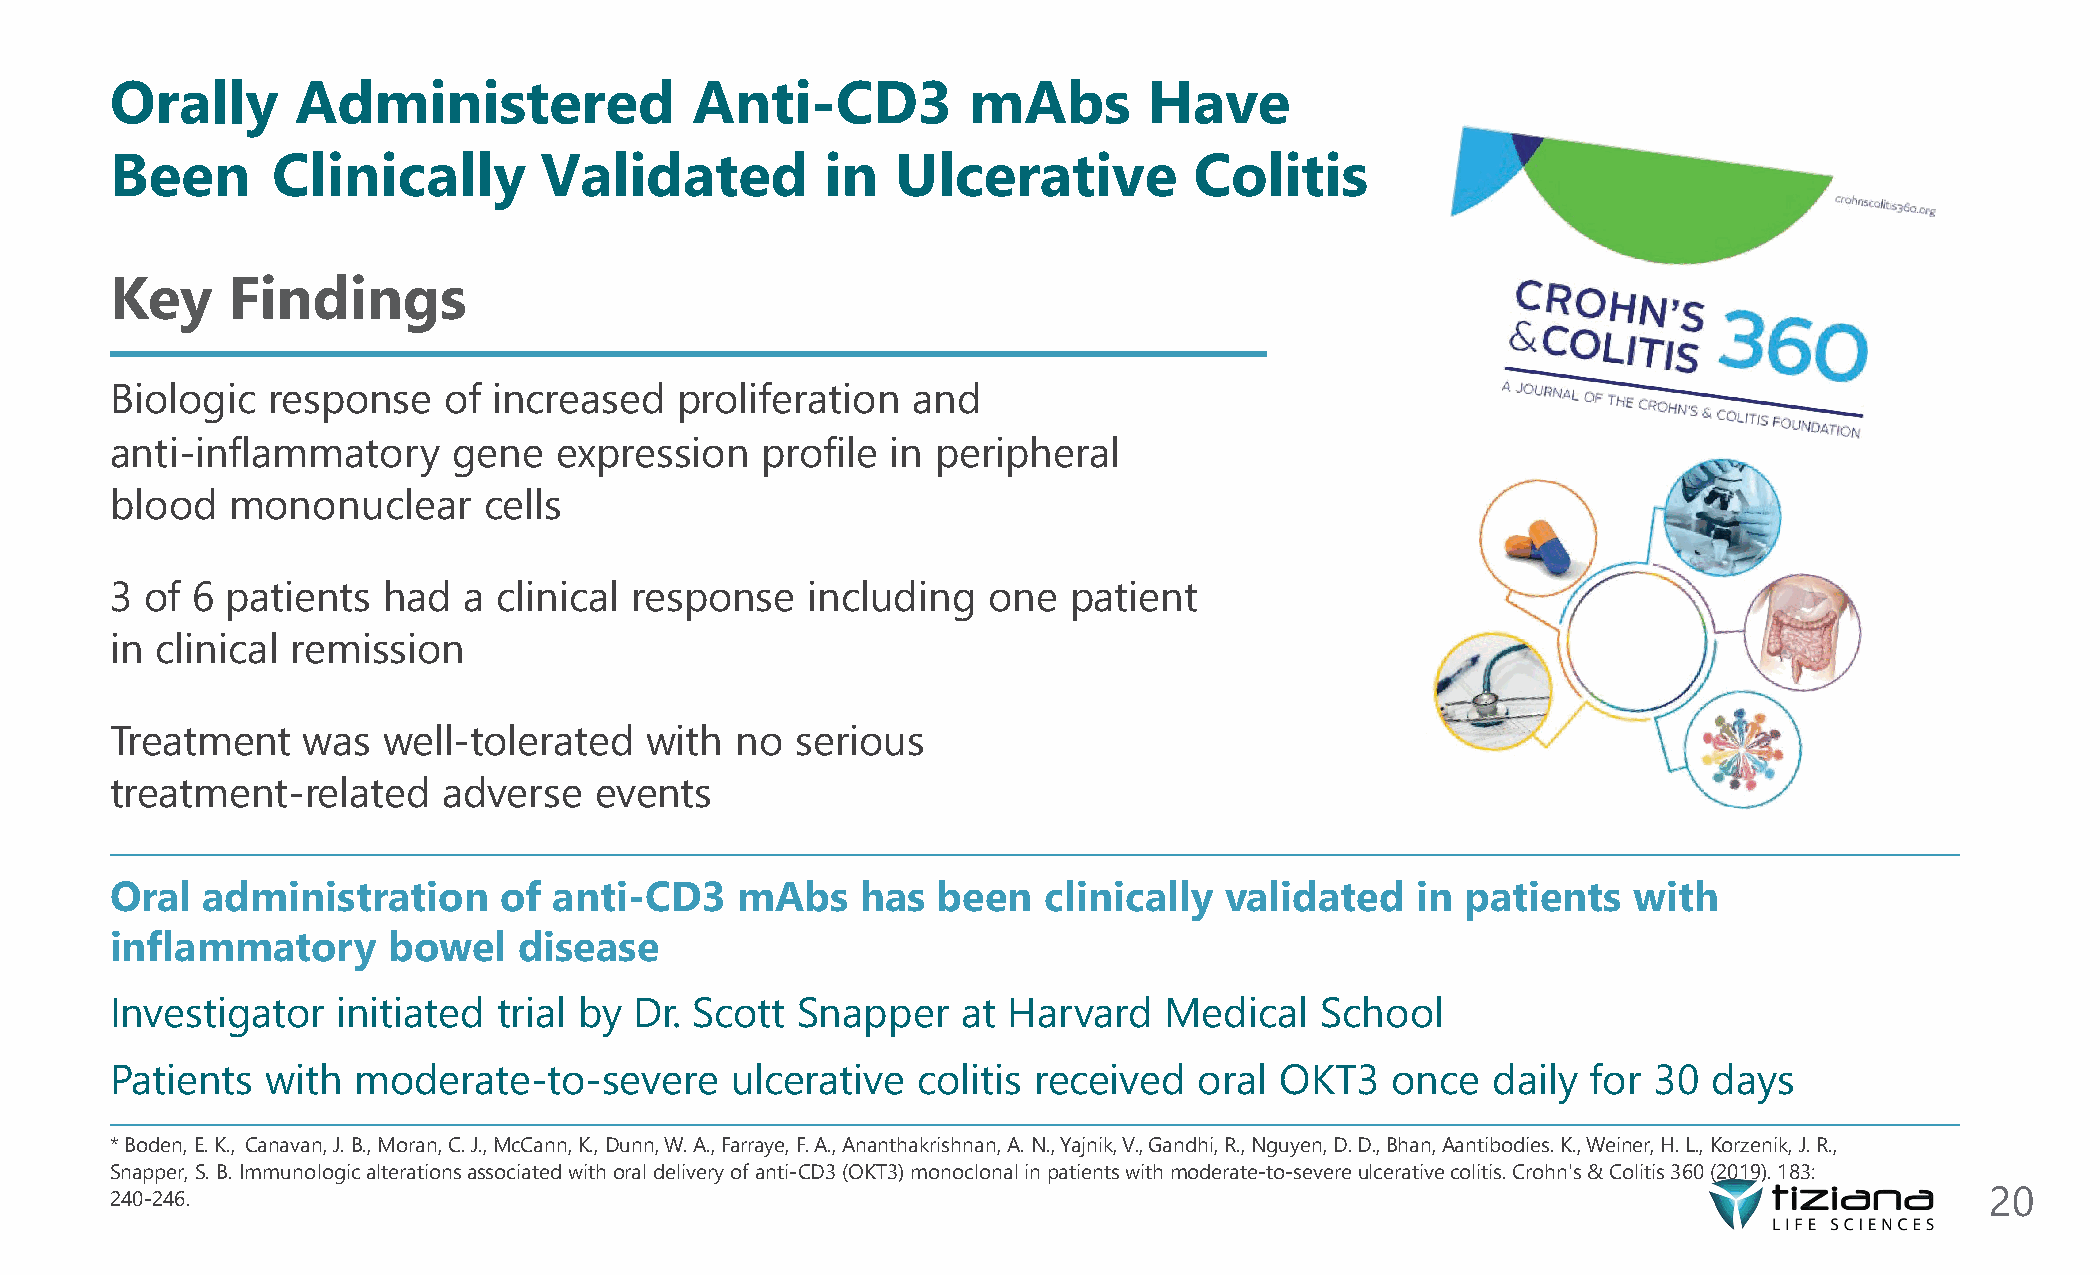
Orally       Administered              Anti-CD3          mAbs        Have
 Been       Clinically        Validated          in  Ulcerative          Colitis
 Key     Findings
 Biologic   response   of  increased   proliferation  and
 anti-inflammatory      gene   expression   profile  in peripheral
 blood   mononuclear      cells
 3  of 6 patients  had   a clinical response   including   one   patient
 in clinical remission
 Treatment    was  well-tolerated    with  no  serious
 treatment-related     adverse   events
 Oral  administration      of  anti-CD3    mAbs    has  been   clinically  validated    in patients   with
 inflammatory       bowel   disease
 Investigator   initiated  trial by Dr. Scott  Snapper    at Harvard   Medical   School
 Patients   with moderate-to-severe       ulcerative   colitis received  oral  OKT3   once   daily for  30 days
 * Boden,E.K., Canavan,J.B.,Moran,C. J.,McCann,K., Dunn,W.A.,Farraye,F.A.,Ananthakrishnan,A.N.,Yajnik,V.,Gandhi, R.,Nguyen,D.D.,Bhan,Aantibodies.K.,Weiner,H.L.,Korzenik, J.R.,
 Snapper,S. B. Immunologic alterationsassociatedwithoraldeliveryofanti-CD3 (OKT3)monoclonal inpatientswithmoderate-to-severeulcerativecolitis.Crohn's&Colitis360(2019).183:
 240-246.                                                                                                                     20